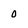
Character: 0